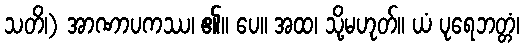
သတိ၊) အာဏာပကဿ၊ ၏။ ပေ။ အထ၊ သို့မဟုတ်။ ယံ ပုရေဘတ္တံ၊